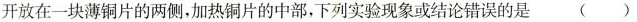
开放在一块薄铜片的两侧，加热铜片的中部，下列实验现象或结论错误的是( )